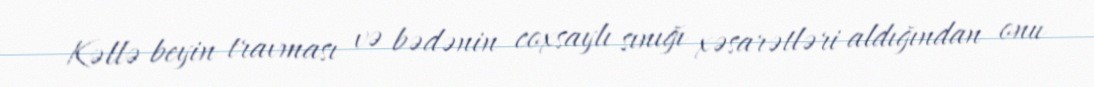
Kəllə beyin travması və bədənin coxsaylı sınığı xəsarətləri aldığından onu